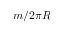
m / 2 \pi R